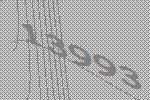
13993